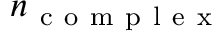
n _ { \mathrm { ~ c ~ o ~ m ~ p ~ l ~ e ~ x ~ } }